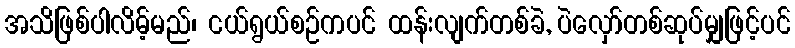
အသိဖြစ်ပါလိမ့်မည်၊ ငယ်ရွယ်စဉ်ကပင် ထန်းလျက်တစ်ခဲ, ပဲလှော်တစ်ဆုပ်မျှဖြင့်ပင်